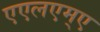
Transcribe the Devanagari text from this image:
एएलएम्ए